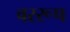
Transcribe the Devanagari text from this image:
वररूप